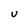
Character: U